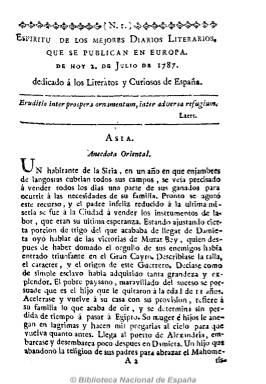
Título: Espíritu de los mejores diarios literarios que se publican en Europa
Otros títulos: Espíritu de los mejores diarios literarios que se publican en Europa, dedicado a los literatos y curiosos de España
Colección: Periódicos anteriores a 1850
Ámbito geográfico: Madrid
Lugar de publicación: Madrid
Fechas: 02/07/1787-14/02/1791

Es el periódico que mejor contribuyó a la difusión del pensamiento ilustrado y el de más amplia tirada y éxito durante al final del reinado de Carlos III y comienzos del de Carlos IV, que siembra las nuevas corrientes filosóficas, los nuevos postulados de las ciencias experimentales, la doctrina de la economía política y los principios del derecho natural. De carácter europeísta, cosmopolita y partidario del progreso y crítico con la intolerancia y el fanatismo, realiza una importante labor de divulgación científica y técnica, e  incluye artículos de derecho, medicina, química, botánica, historia, literatura y artes, siendo cauce de difusión del pensamiento enciclopedista.

Su largo título termina indicando que estaba “dedicado a los literatos y curiosos de España. Que contiene las principales noticias que ocurren en las Ciencias, Artes, Literatura y Comercio; varias anécdotas curiosas; el anuncio de las obras que se publican, las invenciones que se hacen y los adelantamientos de las ciencias”. Su editor fue el doctor en Sagrada Teología y licenciado en Derecho Cristóbal Cladera (1760-1816). Entre sus colaboradores se encuentra un ilustrado radical y una de las principales plumas periodísticas del pensamiento liberal del Despotismo Ilustrado, como Valentín de Foronda (1751-1821), así como José Isidoro Morales.

No sólo publica resúmenes de los contenidos de los principales periódicos y revistas europeas de todas las ramas de las ciencias y de las artes de la época a los que estaba suscritos (ingleses, franceses, italianos, alemanes…), sino que los acompañaba de interesantes comentarios, asistidos con la cita de las fuentes, así como de libros. Recibió la protección del conde de Floridablanca contra la Inquisición y tuvo suscriptores no sólo en toda España sino en el extranjero, contándose entre ellos a Jovellanos o Campomanes.

Empezó apareciendo tres veces por semana (lunes, jueves y sábado) para después convertirse en semanario (lunes). Su paginación osciló entre las 6 y las 16 páginas. Intercaló grabados en bronce. Despareció, junto a los otros periódicos no oficiales de la época, tras la promulgación de la real resolución de febrero de 1791. Fue estampado en la imprenta de Josef Herrera.